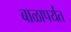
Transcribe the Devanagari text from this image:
बाळापर्यंत